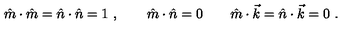
\hat { m } \cdot \hat { m } = \hat { n } \cdot \hat { n } = 1 \ , \qquad \hat { m } \cdot \hat { n } = 0 \qquad \hat { m } \cdot \vec { k } = \hat { n } \cdot \vec { k } = 0 \ .